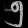
Digit: ၅